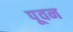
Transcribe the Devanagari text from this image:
पूवन